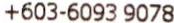
+603-6093-9078